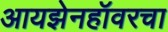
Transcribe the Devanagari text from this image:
आयझेनहॉवरचा